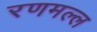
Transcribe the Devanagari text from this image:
रणमल्ल